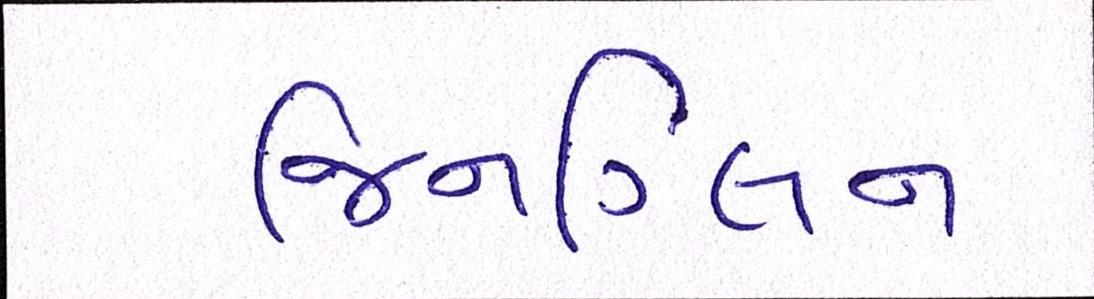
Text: જિનગ્લિન